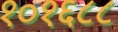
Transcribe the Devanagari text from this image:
१०१६८८